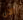
الان